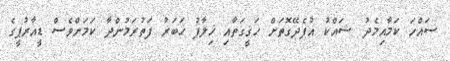
ސައްހަ ކަމާއިމެދު ޝައްކު އުފެދޭގޮތަށް ހަޤީގަތާއި ޚިލާފު ޚަބަރު ފަތުރަމުންދާ ކަމަށްވެސް ޑީއާރުޕީގެ